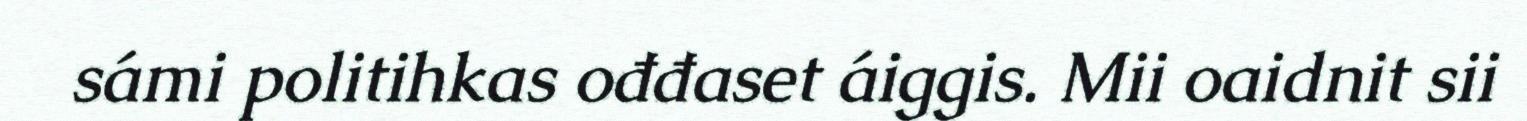
sámi politihkas ođđaset áiggis. Mii oaidnit sii